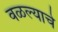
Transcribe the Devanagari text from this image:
वळल्याचे